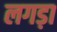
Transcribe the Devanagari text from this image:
लगड़ा